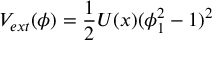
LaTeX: V _ { e x t } ( \phi ) = { \frac { 1 } { 2 } } U ( x ) ( \phi _ { 1 } ^ { 2 } - 1 ) ^ { 2 }